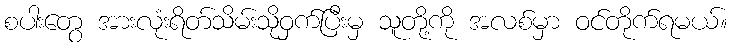
စပါးတွေ အားလုံးရိတ်သိမ်းသိုဝှက်ပြီးမှ သူတို့ကို အလစ်မှာ ဝင်တိုက်ရမယ်။